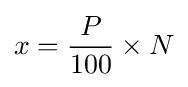
x={\frac {P}{100}}\times N